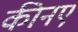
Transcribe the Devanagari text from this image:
कीनए